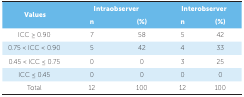
| <ROWSPAN=2> Values | <COLSPAN=2> Intraobserver | <COLSPAN=2> Interobserver |
 | n | (%) | n | (%) |
 | --- | --- | --- | --- | --- |
 | ICC ≥ 0.90 | 7 | 58 | 5 | 42 |
 | 0.75 < ICC < 0.90 | 5 | 42 | 4 | 33 |
 | 0.45 < ICC ≤ 0.75 | 0 | 0 | 3 | 25 |
 | ICC ≤ 0.45 | 0 | 0 | 0 | 0 |
 | Total | 12 | 100 | 12 | 100 |